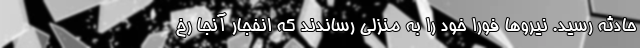
حادثه رسید. نیروها فورا خود را به منزلی رساندند که انفجار آنجا رخ